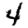
Digit: 4